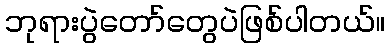
ဘုရားပွဲတော်တွေပဲဖြစ်ပါတယ်။